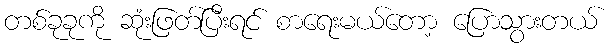
တစ်ခုခုကို ဆုံးဖြတ်ပြီးရင် စာရေးမယ်တော့ ပြောသွားတယ်